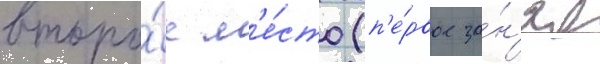
второ́е м'е́сто (п'е́рвое за́н'ял